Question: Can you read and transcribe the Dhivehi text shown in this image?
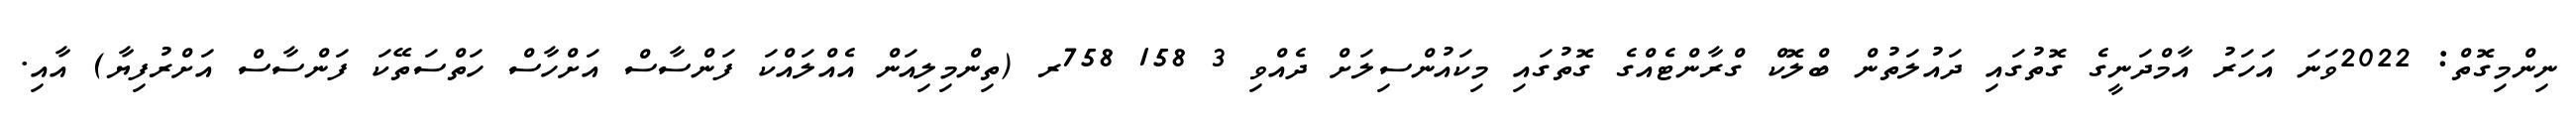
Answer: ނިންމިގޮތް: 2022ވަނަ އަހަރު އާމްދަނީގެ ގޮތުގައި ދައުލަތުން ބްލޮކް ގްރާންޓެއްގެ ގޮތުގައި މިކައުންސިލަށް ދެއްވި 3 158 758ރ (ތިންމިލިއަން އެއްލައްކަ ފަންސާސް އަށްހާސް ހަތްސަތޭކަ ފަންސާސް އަށްރުފިޔާ) އާއި.